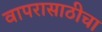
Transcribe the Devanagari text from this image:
वापरासाठीचा